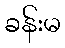
ခန်းမ